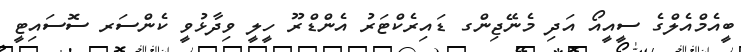
ބީއެމްއެލްގެ ސީއީއޯ އަދި މެނޭޖިންގ ޑައިރެކްޓަރު އެންޑްރޫ ހީލީ ވިދާޅުވީ ކެންސަރ ސޮސައިޓީ